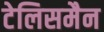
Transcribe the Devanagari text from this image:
टेलिसमैन